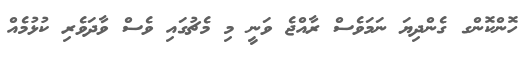
ހޮންކޮންގ ގެންދިޔަ ނަމަވެސް ރާއްޖެ ވަނީ މި މެޗުގައި ވެސް ވާދަވެރި ކުޅުމެއް